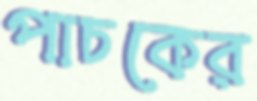
পাচকের